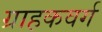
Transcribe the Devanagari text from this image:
ग्राहकवर्ग